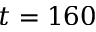
t = 1 6 0